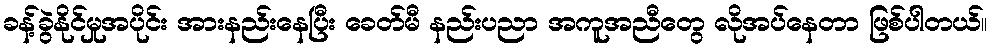
ခန့်ခွဲနိုင်မှုအပိုင်း အားနည်းနေပြီး ခေတ်မီ နည်းပညာ အကူအညီတွေ လိုအပ်နေတာ ဖြစ်ပါတယ်။